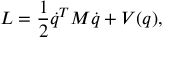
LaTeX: L = \frac 1 2 \dot { q } ^ { T } { \cal M } \dot { q } + { \cal V } ( q ) ,